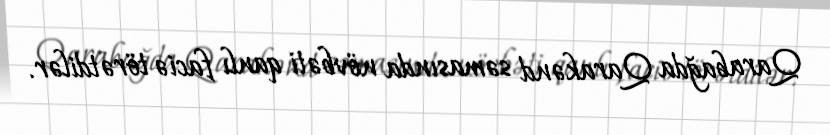
Qarabağda Qarakənd səmasında növbəti qanlı faciə törətdilər.